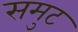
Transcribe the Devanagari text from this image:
समुट